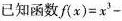
已知函数$$f(x)=x^{3}-$$